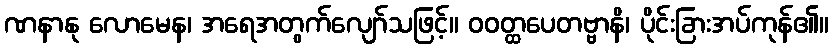
ဏနာနု လောမေန၊ အရေအတွက်လျော်သဖြင့်။ ဝဝတ္ထပေတဗ္ဗာနိ၊ ပိုင်းခြားအပ်ကုန်၏။